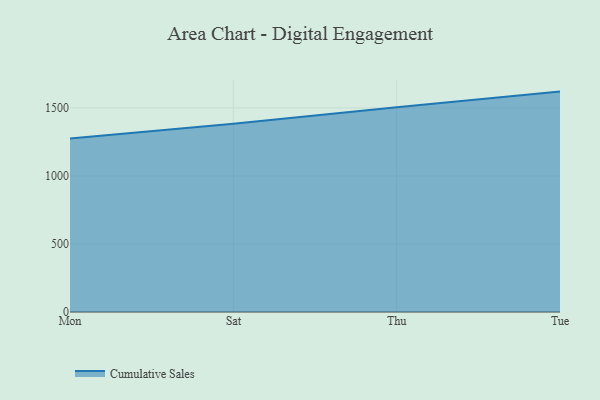
{"axis": {"x": "Day", "y": "Operating Costs (USD K)"}, "legend": ["Cumulative Sales"], "data": [{"x": "Mon", "y": 1275.3, "type": "Cumulative Sales"}, {"x": "Sat", "y": 1382.6, "type": "Cumulative Sales"}, {"x": "Thu", "y": 1504.5, "type": "Cumulative Sales"}, {"x": "Tue", "y": 1619.7, "type": "Cumulative Sales"}]}